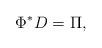
LaTeX: \begin{align*}\Phi^* D=\Pi,\end{align*}